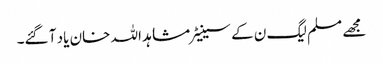
مجھے مسلم لیگ ن کے سینیٹر مشاہد اللہ خان یاد آ گئے۔